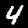
Label: 4